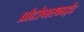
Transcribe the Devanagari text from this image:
प्रोटोपास्काईट